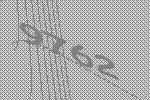
9762